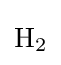
{\mathrm {H} {\vphantom {A}}_{\smash[{t}]{2}}}